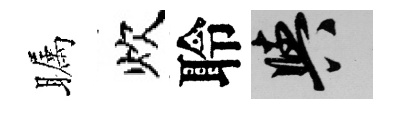
瞩炊聆阳